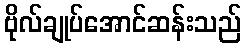
ဗိုလ်ချုပ်အောင်ဆန်းသည်